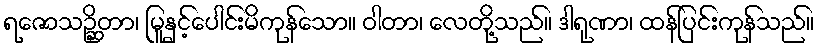
ရဇောသဉ္ဆိတာ၊ မြူနှင့်ပေါင်းမိကုန်သော။ ဝါတာ၊ လေတို့သည်။ ဒါရုဏာ၊ ထန်ပြင်းကုန်သည်။